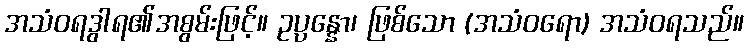
အသံဝရဒွါရ၏အစွမ်းဖြင့်။ ဥပ္ပန္နော၊ ဖြစ်သော (အသံဝရော) အသံဝရသည်။